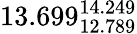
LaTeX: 13.699_{12.789}^{14.249}